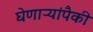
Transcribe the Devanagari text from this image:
घेणाऱ्यांपैकी